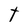
Character: t